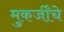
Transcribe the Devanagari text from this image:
मुकर्जींचे